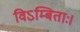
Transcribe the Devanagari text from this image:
विऽम्बिताः।